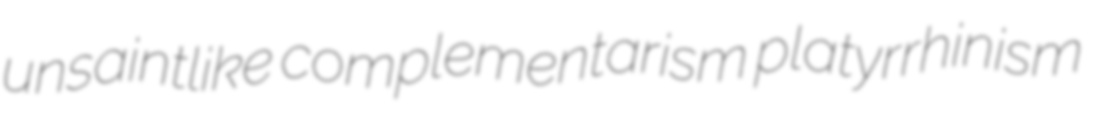
unsaintlike complementarism platyrrhinism